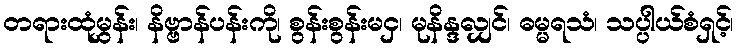
တရားထုံမွှန်း၊ နိဗ္ဗာန်ပန်းကို၊ စွန်းစွန်းမငှ၊ မုနိန္ဒလျှင်၊ ဓမ္မရသံ၊ သပ္ပါယ်စံရှင့်၊